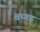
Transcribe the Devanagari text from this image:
बग्‍गड